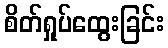
စိတ်ရှုပ်ထွေးခြင်း